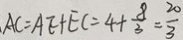
. A C = A E + E C = 4 + \frac { 8 } { 3 } = \frac { 2 0 } { 3 }